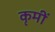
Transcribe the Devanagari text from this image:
कृमीं